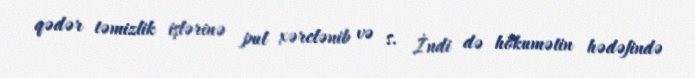
qədər təmizlik işlərinə pul xərclənib və s. İndi də hökumətin hədəfində